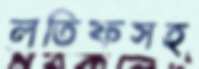
লতিফসহ